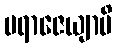
ပရာဇေယျာပိ